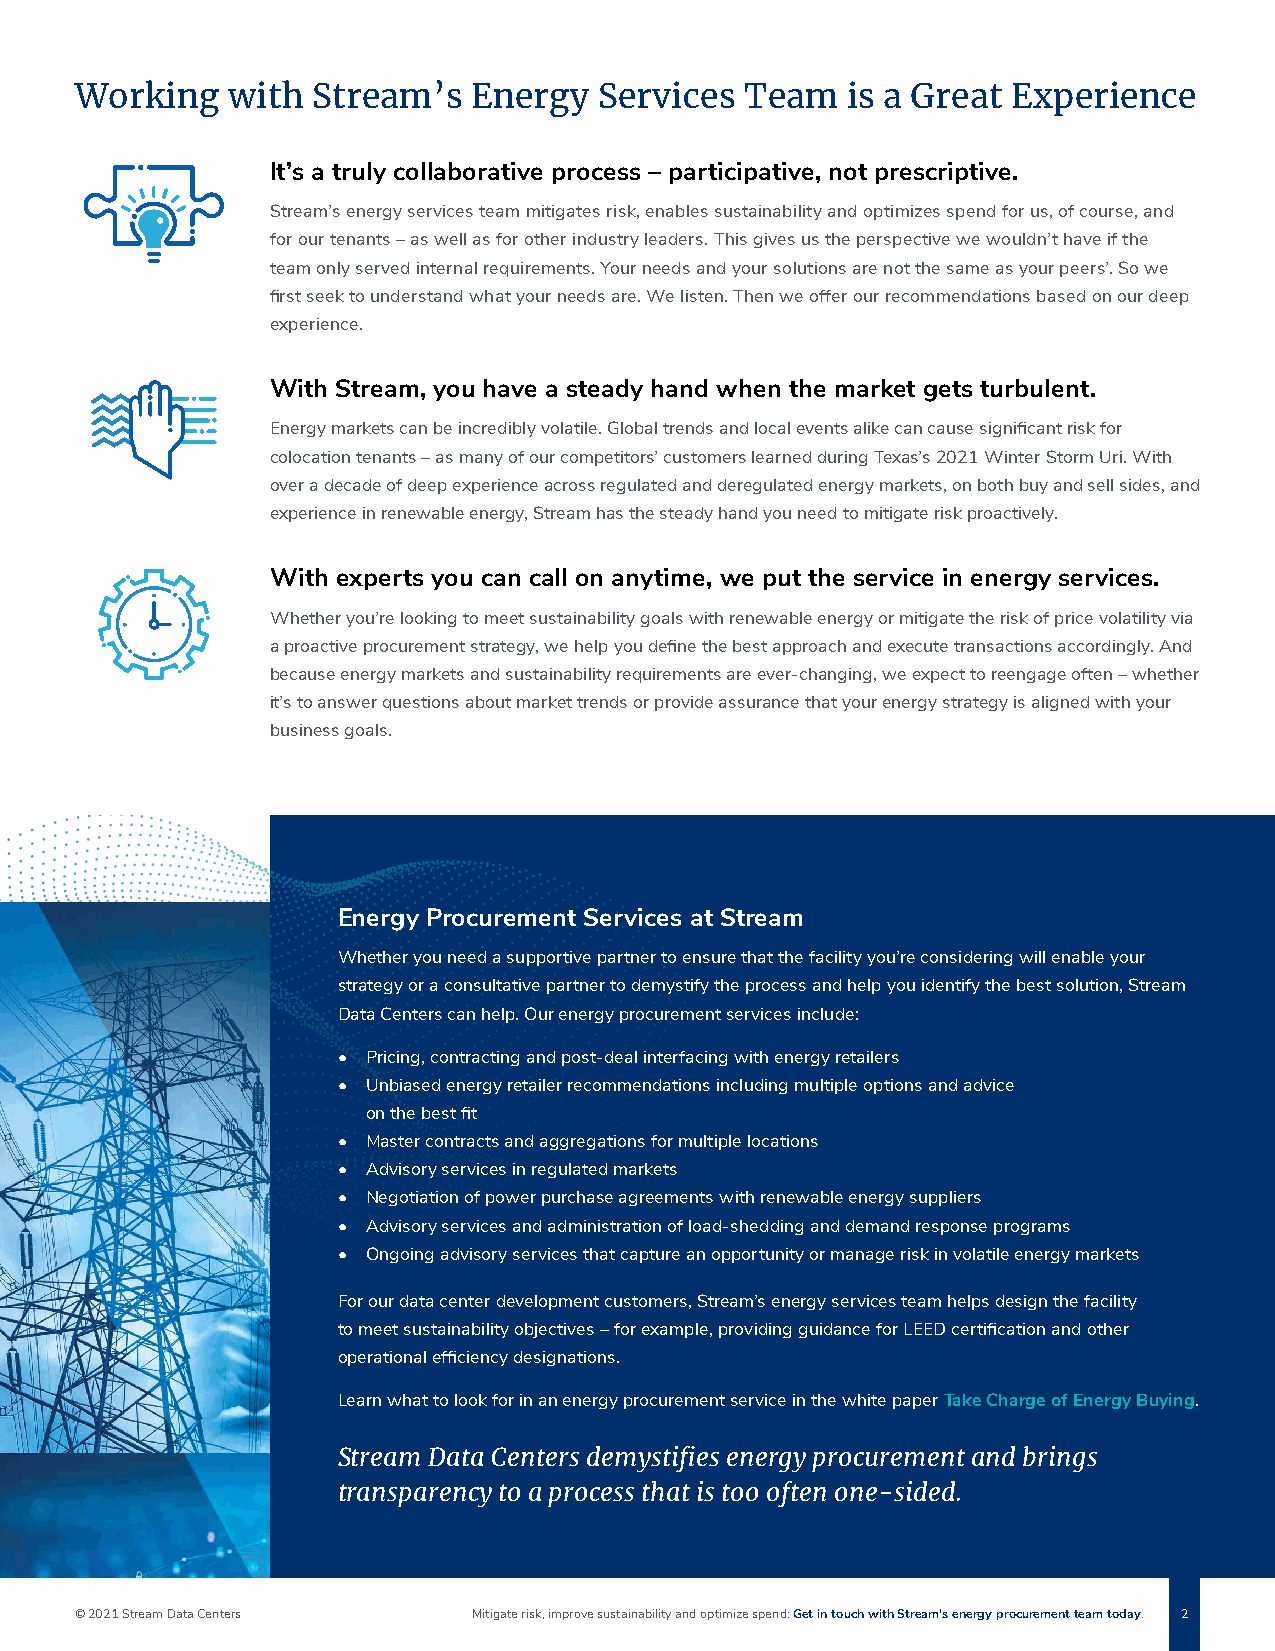
Working   with  Stream’s  Energy   Services Team   is a Great Experience
 It’s a truly collaborative process – participative, not prescriptive.
 Stream’s energy services team mitigates risk, enables sustainability and optimizes spend for us, of course, and
 for our tenants – as well as for other industry leaders. This gives us the perspective we wouldn’t have if the
 team only served internal requirements. Your needs and your solutions are not the same as your peers’. So we
 first seek to understand what your needs are. We listen. Then we offer our recommendations based on our deep
 experience.
 With Stream, you have a steady hand when the market gets turbulent.
 Energy markets can be incredibly volatile. Global trends and local events alike can cause significant risk for
 colocation tenants – as many of our competitors’ customers learned during Texas’s 2021 Winter Storm Uri. With
 over a decade of deep experience across regulated and deregulated energy markets, on both buy and sell sides, and
 experience in renewable energy, Stream has the steady hand you need to mitigate risk proactively.
 With experts you can call on anytime, we put the service in energy services.
 Whether you’re looking to meet sustainability goals with renewable energy or mitigate the risk of price volatility via
 a proactive procurement strategy, we help you define the best approach and execute transactions accordingly. And
 because energy markets and sustainability requirements are ever-changing, we expect to reengage often – whether
 it’s to answer questions about market trends or provide assurance that your energy strategy is aligned with your
 business goals.
 Energy Procurement Services at Stream
 Whether you need a supportive partner to ensure that the facility you’re considering will enable your
 strategy or a consultative partner to demystify the process and help you identify the best solution, Stream
 Data Centers can help. Our energy procurement services include:
 • Pricing, contracting and post-deal interfacing with energy retailers
 • Unbiased energy retailer recommendations including multiple options and advice
 on the best fit
 • Master contracts and aggregations for multiple locations
 • Advisory services in regulated markets
 • Negotiation of power purchase agreements with renewable energy suppliers
 • Advisory services and administration of load-shedding and demand response programs
 • Ongoing advisory services that capture an opportunity or manage risk in volatile energy markets
 For our data center development customers, Stream’s energy services team helps design the facility
 to meet sustainability objectives – for example, providing guidance for LEED certification and other
 operational efficiency designations.
 Learn what to look for in an energy procurement service in the white paper Take Charge of Energy Buying.
 Stream Data Centers demystifies energy procurement and brings
 transparency to a process that is too often one-sided.
 © 2021 Stream Data Centers Mitigate risk, improve sustainability and optimize spend: Get in touch with Stream’s energy procurement team today. 2